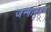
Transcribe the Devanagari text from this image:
जन्मामुहर